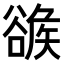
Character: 𧯂